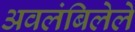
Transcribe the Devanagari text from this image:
अवलंबिलेले